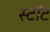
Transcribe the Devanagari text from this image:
स्टॉट